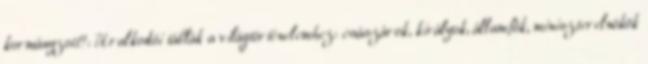
kormányzott?: Uralkodói táblák a világtörténelemhez: császárok, királyok, államfők, miniszterelnökök